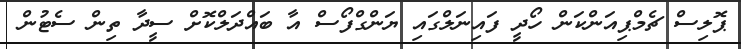
ޕޮލިސް ޗެމްޕިއަންކަން ހޯދީ ފައިނަލްގައި ޔަންގްފޯސް އާ ބައްދަލްކޮށް ސީދާ ތިން ސެޓުން